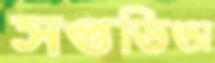
সপ্তডিঙা